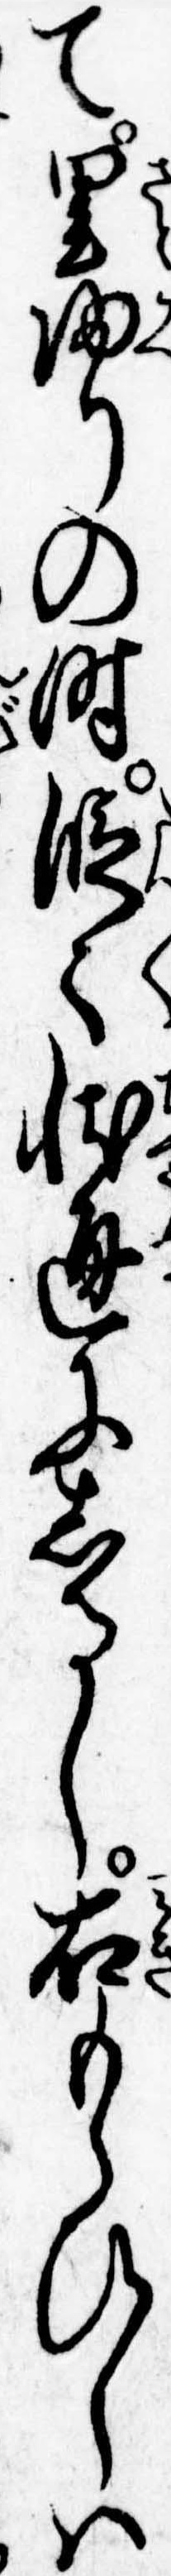
て里帰りの時段々状通にしるし右もらひしは